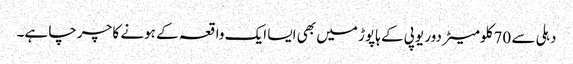
دہلی سے 70 کلومیٹر دور یوپی کے ہاپوڑ میں بھی ایسا ایک واقعہ کے ہونے کا چرچا ہے۔